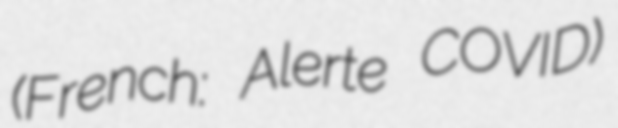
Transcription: (French: Alerte COVID)